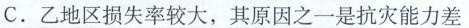
C .乙地区损失率较大，其原因之一是抗灾能力差